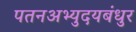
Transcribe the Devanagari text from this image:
पतनअभ्युदयबंधुर